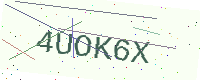
Text: 4UOK6X